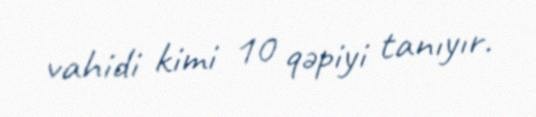
vahidi kimi 10 qəpiyi tanıyır.